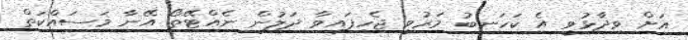
އަށް ވިދާޅުވީ އެ ކަހަނބު މަރުވީ ޖެހިފައިވާ ދަލުން ނެއްޓޭތޯ އޭނާ މަސައްކަތް